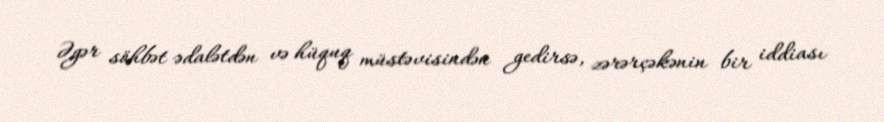
Əgər söhbət ədalətdən və hüquq müstəvisindən gedirsə, zərərçəkənin bir iddiası